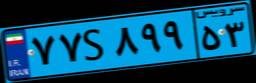
۷۷S۸۹۹۵۳